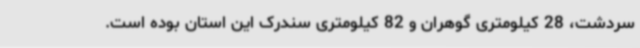
سردشت، 28 کیلومتری گوهران و 82 کیلومتری سندرک این استان بوده است.